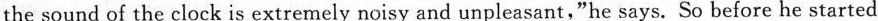
the sound of the clock is extremely noisy and unpleasant,"he says. So before he started